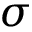
\sigma